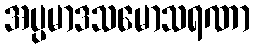
အပ္ပမာဒသမောသရဏာ